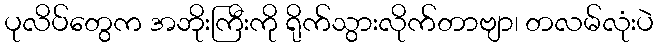
ပုလိပ်တွေက အဘိုးကြီးကို ရိုက်သွားလိုက်တာဗျာ၊ တလမ်လုံးပဲ